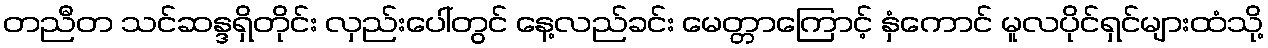
တညီတ သင်ဆန္ဒရှိတိုင်း လှည်းပေါ်တွင် နေ့လည်ခင်း မေတ္တာကြောင့် နှံကောင် မူလပိုင်ရှင်များထံသို့